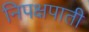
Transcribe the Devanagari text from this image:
निपक्षपाती